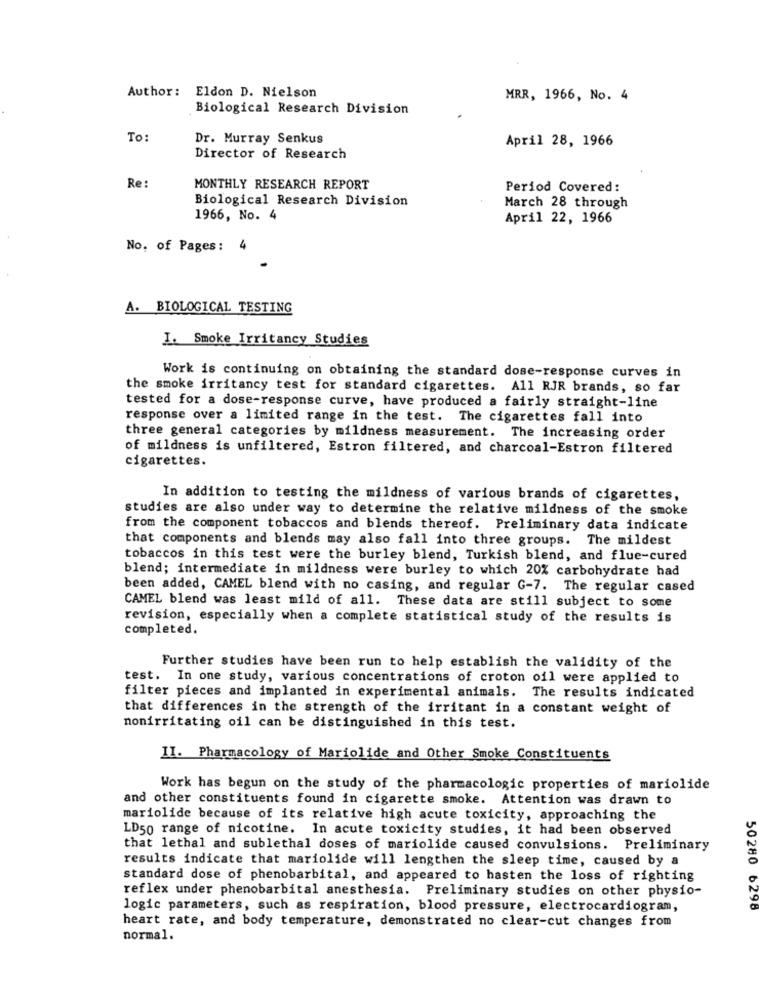
Author: Eldon D. Nielson
MRR, 1966, No. 4
Biological Research Division
To:
Dr. Murray Senkus
April 28, 1966
Director of Research
Re
MONTHLY RESEARCH REPORT
Period Covered:
Biological Research Division
March 28 through
1966, No. 4
April 22, 1966
No. of Pages:
A. BIOLOGICAL TESTING
I. Smoke Irritancy Studies
Work is continuing on obtaining the standard dose-response curves in
the smoke irritancy test for standard cigarettes. All RJR brands, so far
tested for a dose-response curve, have produced a fairly straight-line
response over a limited range in the test. The cigarettes fall into
three general categories by mildness measurement. The increasing order
of mildness is unfiltered, Estron filtered, and charcoal-Estron filtered
cigarettes.
In addition to testing the mildness of various brands of cigarettes,
studies are also under way to determine the relative mildness of the smoke
from the component tobaccos and blends thereof. Preliminary data indicate
that components and blends may also fall into three groups. The mildest
tobaccos in this test were the burley blend, Turkish blend, and flue-cured
blend; intermediate in mildness were burley to which 20% carbohydrate had
been added, CAMEL blend with no casing, and regular G-7. The regular cased
CAMEL blend was least mild of all. These data are still subject to some
revision, especially when a complete statistical study of the results is
completed.
Further studies have been run to help establish the validity of the
test. In one study, various concentrations of croton oil were applied to
filter pieces and implanted in experimental animals. The results indicated
that differences in the strength of the irritant in a constant weight of
nonirritating oil can be distinguished in this test.
II. Pharmacology of Mariolide and Other Smoke Constituents
Work has begun on the study of the pharmacologic properties of mariolide
and other constituents found in cigarette smoke. Attention was drawn to
mariolide because of its relative high acute toxicity, approaching the
LD50 range of nicotine. In acute toxicity studies, it had been observed
that lethal and sublethal doses of mariolide caused convulsions. Preliminary
results indicate that mariolide will lengthen the sleep time, caused by a
50280
standard dose of phenobarbital, and appeared to hasten the loss of righting
reflex under phenobarbital anesthesia. Preliminary studies on other physio-
logic parameters, such as respiration, blood pressure, electrocardiogram,
6298
heart rate, and body temperature, demonstrated no clear-cut changes from
normal.